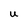
Character: U